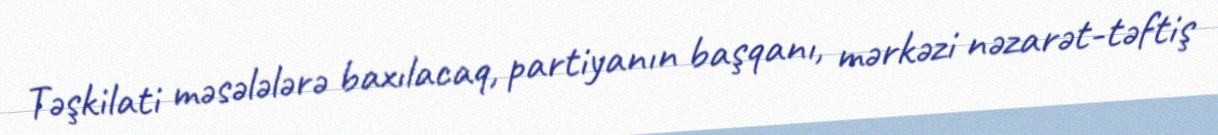
Təşkilati məsələlərə baxılacaq, partiyanın başqanı, mərkəzi nəzarət-təftiş